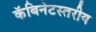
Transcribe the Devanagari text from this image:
कॅबिनेटस्तरीय